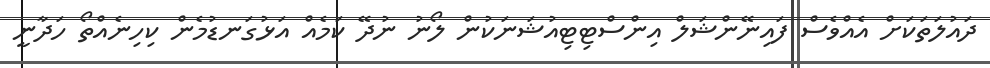
ދައުލަތަކަށް އެއްވެސް ފައިނޭންޝަލް އިންސްޓިޓިއުޝަނަކުން ލޯނު ނުދޭ ކަމެއް އަޅުގަނޑުމެން ކިހިނެއްތޯ ހަދާނީ